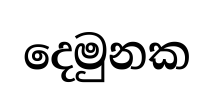
දෙමුනක